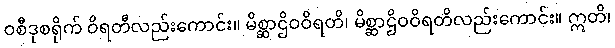
ဝစီဒုစရိုက် ဝိရတီလည်းကောင်း။ မိစ္ဆာဌိဝဝိရတိ၊ မိစ္ဆာဌိဝဝိရတိလည်းကောင်း။ ဣတိ၊